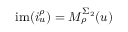
\mathrm { i m } ( i _ { u } ^ { \rho } ) = M _ { \rho } ^ { \Sigma _ { 2 } } ( u )